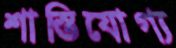
শাস্তিযোগ্য